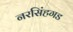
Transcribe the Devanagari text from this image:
नरसिंहगड